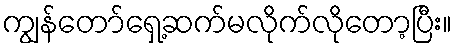
ကျွန်တော်ရှေ့ဆက်မလိုက်လိုတော့ပြီး။